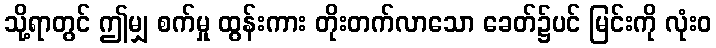
သို့ရာတွင် ဤမျှ စက်မှု ထွန်းကား တိုးတက်လာသော ခေတ်၌ပင် မြင်းကို လုံးဝ